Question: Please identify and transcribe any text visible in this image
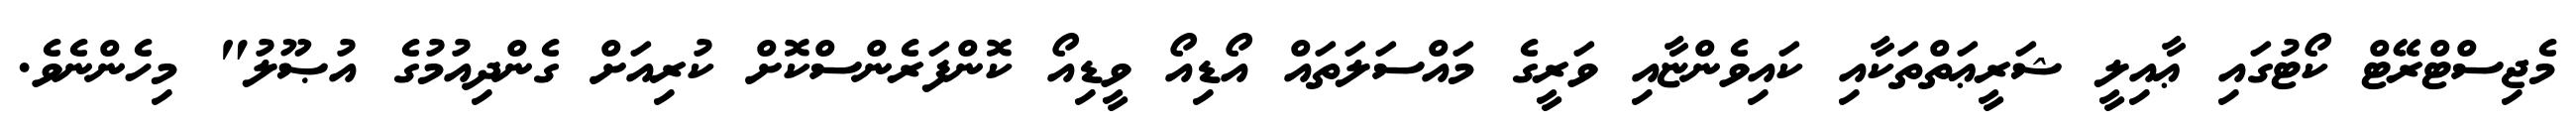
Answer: މެޖިސްޓްރޭޓް ކޯޓުގައި ޢާއިލީ ޝަރީޢަތްތަކާއި ކައިވެންޏާއި ވަރީގެ މައްސަލަތައް އޯޑިއޯ ވީޑިއޯ ކޮންފަރެންސްކޮށް ކުރިއަށް ގެންދިއުމުގެ އުޞޫލު" މިހެންނެވެ.